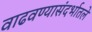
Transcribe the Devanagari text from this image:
वाढवण्यासंदर्भातले